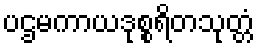
ပဌမကာယဒုစ္စရိတသုတ္တံ